Dysentery in Hazaribagh Central Jail - Number 52
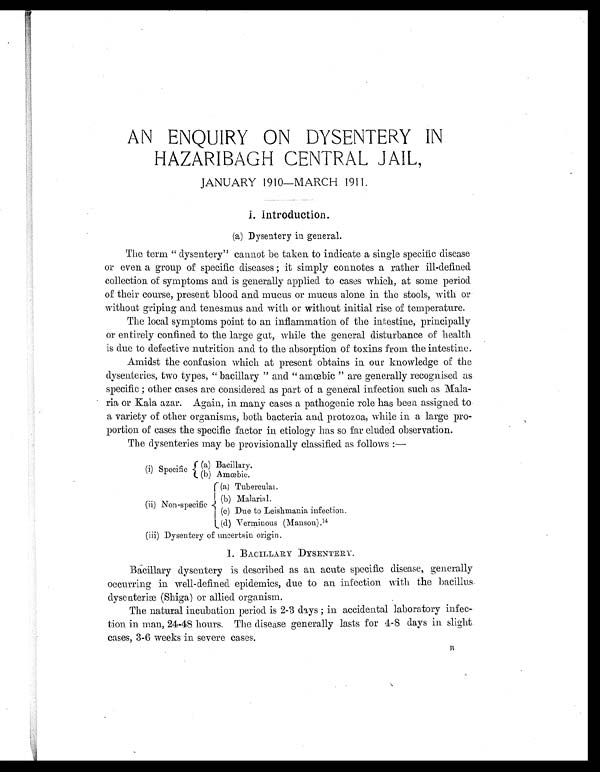
AN ENQUIRY ON DYSENTERY IN
HAZARIBAGH CENTRAL JAIL
, JANUARY 1910—MARCH 1911.
I . I n t r o d u c t i o n .
(a) Dysentery in general.
The term " dysentery" cannot be taken to indicate a single specific disease
or even a group of specific diseases ; it simply connotes a rather ill-defined
collection of symptoms and is generally applied to cases which, at some period
of their course, present blood and mucus or mucus alone in the stools, with or
without griping and tenesmus and with or without initial rise of temperature.
The local symptoms point to an inflammation of the intestine, principally
or entirely confined to the large gut, while the general disturbance of health
is due to defective nutrition and to the absorption of toxins from the intestine.
Amidst the confusion which at present obtains in our knowledge of
the dysenteries, two types, " bacillary " and " amœbic " are generally recognised as
specific ; other cases are considered as part of a general infection such as Mala-
ria or Kala azar. Again, in many cases a pathogenic role has been assigned to
a variety of other organisms, both bacteria and protozoa, while in a large pro-
portion of cases the specific factor in etiology has so far eluded observation.
The dysenteries may be provisionally classified as follows :—
(a) Bacillary.
(i) Specific (b) Amœbic
(a) Tubercular.
(b) Malarial.
(ii) Non-specific (c) Due to Leishmania infection.
(d) Verminous (Manson). 14
(iii) Dysentery of uncertain origin.
1 . B A C I L L A R Y D Y S E N T E R Y .
Bacillary dysentery is described as an acute specific disease, generally
occurring in well-defined epidemics, due to an infection with the bacillus.
d y s e n
teriæ (Shiga) or allied organism.
The natural incubation period is 2-3 days ; in accidental laboratory infec-
tion in man, 24-48 hours. The disease generally lasts for 4-8 days in slight
cases, 3-6 weeks in severe cases.
B